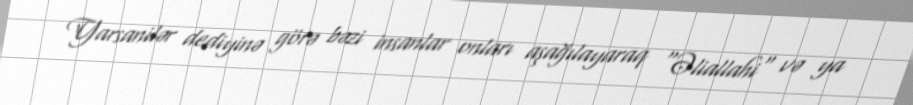
Yarsanilər dediyinə görə bəzi insanlar onları aşağılayaraq "Əliallahi" və ya